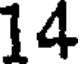
14